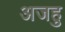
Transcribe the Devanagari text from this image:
अजहु